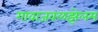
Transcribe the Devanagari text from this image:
गावाजवळझेलम